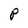
Character: P